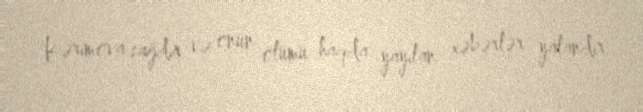
Kərimova sağdır və onun ölümü haqda yayılan xəbərlər yalandır.